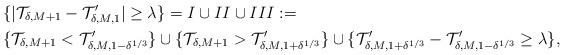
LaTeX: \begin{align*} & \{|{\mathcal T}_{\delta,M+1}-{\mathcal T}_{\delta,M,1}'|\ge \lambda\} = I\cup II\cup III := \\ & \{{\mathcal T}_{\delta,M+1}<{\mathcal T}_{\delta,M,1-\delta^{1/3}}'\} \cup\{{\mathcal T}_{\delta,M+1}>{\mathcal T}_{\delta,M,1+\delta^{1/3}}'\} \cup\{{\mathcal T}_{\delta,M,1+\delta^{1/3}}'-{\mathcal T}_{\delta,M,1-\delta^{1/3}}'\ge \lambda \}, \end{align*}